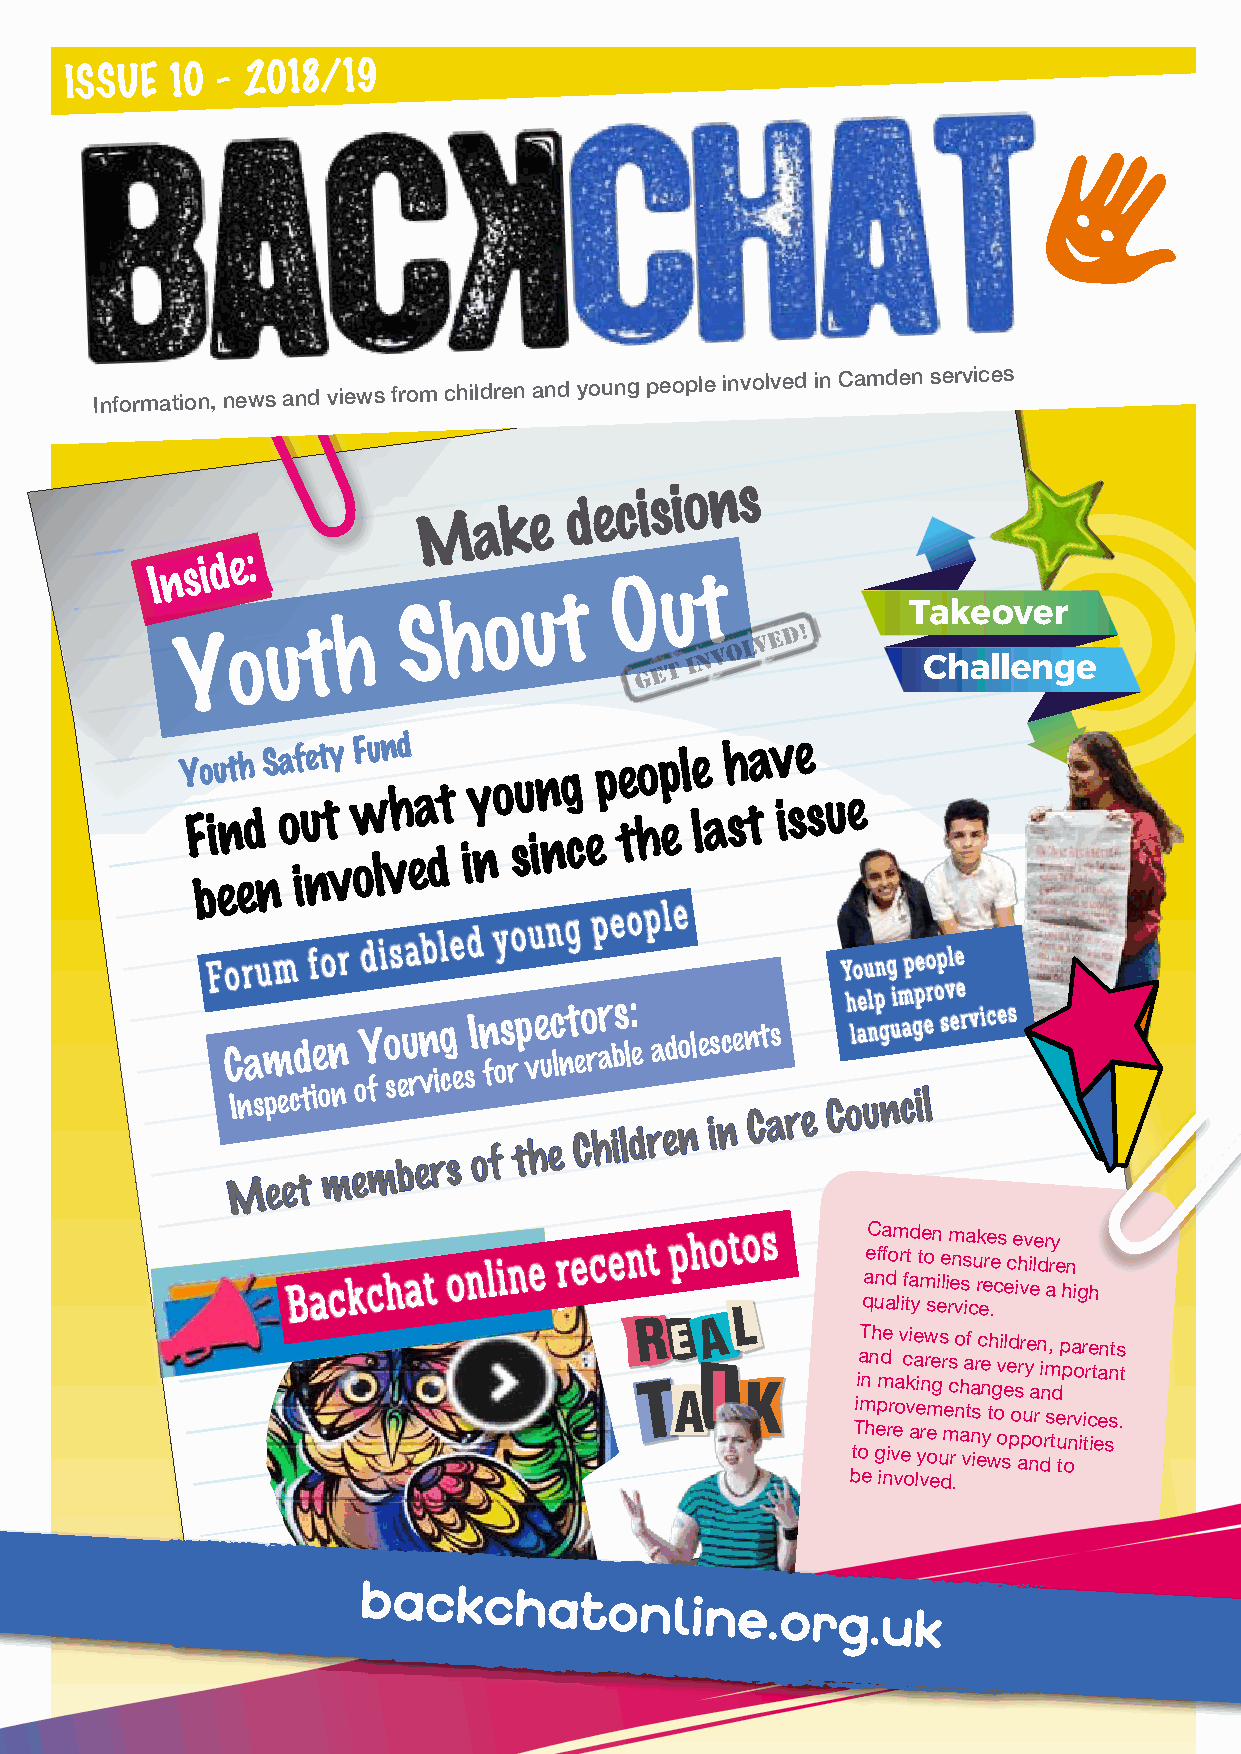
ISSUE  10 - 2018/19
 Information, news and views from children and young people involved in Camden services
 M   a k e d e c i s i o n s
 I
 nWs i d e :
 O  u t
 t
 Y  o
 ue
 t
 ’h
 S  h o  u t
 v
 a
 e
 k
 Y F bo iu ent eh d nS a o ef iue nt ty
 v
 nF w ou ln vhd ea dt
 o
 iy no b vsu in ng ce ep e t eho p e l e l na h s ta v i se s u e
 F o r u m f o r d i s a b l e d y o u neg p e ro p l !e Young people
 C MIna sm p ee ecd tti e o mn n eoY f
 m
 o se bu r en v ricg se sI
 o
 n f fos r tp v he u ec ln t e Co r har b is ll d: e
 r
 a edo nl e is nce n Ct as
 re
 Coh lae unlp g n uim cagp ie lro sv ee r vices
 B a c k c h a t o n l i n e r e c e n t p h o t o s aeC nfa f dom r ft ad t me on ie l im en ssa u rk ere e cs ec e ih vv i ele d r ary e hn i gh
 L
 quality service.
 R    A
 T AE L K     tTii oa mT n hn h gepmde
 irr
 v
 e
 oa v ec k vi
 a
 e a i
 e
 yrnw r
 em
 oe g us r
 m
 es c rno h
 a
 va tf na
 is
 r ec e n
 y
 wth g
 o
 ovi sel ed
 po
 s arr
 pu
 ye na
 or
 n di n rm s,
 t
 d
 e
 u
 tp p
 o
 r
 na vo ir
 i
 tr ce it ea en sn st s .t
 be involved.
 backchatonline.org.uk